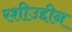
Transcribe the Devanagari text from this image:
रशीउद्दीन